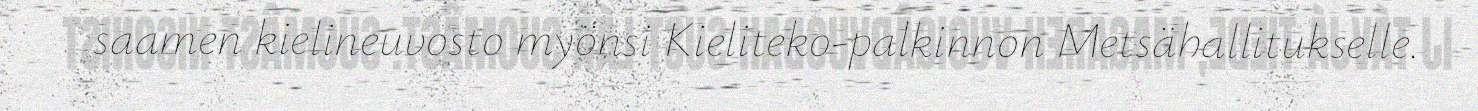
saamen kielineuvosto myönsi Kieliteko-palkinnon Metsähallitukselle.